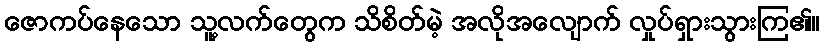
ဇောကပ်နေသော သူ့လက်တွေက သိစိတ်မဲ့ အလိုအလျောက် လှုပ်ရှားသွားကြ၏။